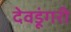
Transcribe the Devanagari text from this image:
देवडूंगरी